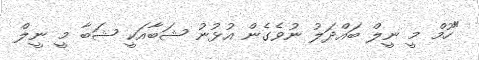
"ހޫމް މީ ނީލް ބައްދަލު ނުވެގެން އުޅުނު ޝަބާއަކީ ޝަބާ މީ ނީލް